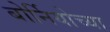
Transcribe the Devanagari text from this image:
बोर्नियोच्या